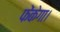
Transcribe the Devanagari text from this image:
फेंकेगा।